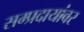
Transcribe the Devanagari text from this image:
सम्प्रदायांवर